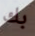
بك